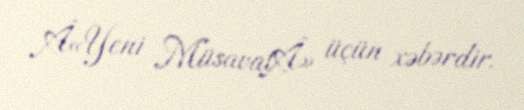
Â«Yeni MüsavatÂ» üçün xəbərdir.